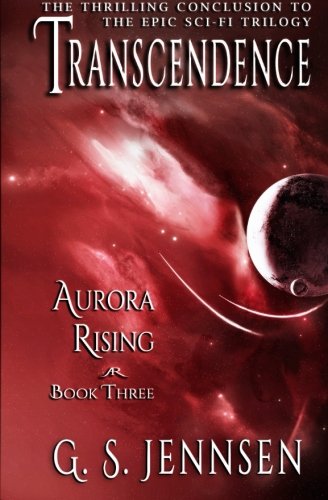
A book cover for Transcendence: Aurora Rising Book Three (Volume 3); G. S. Jennsen; Science Fiction & Fantasy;